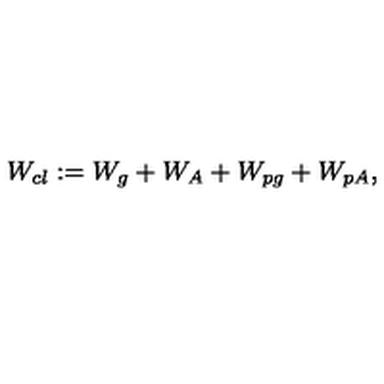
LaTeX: W _ { c l } : = W _ { g } + W _ { A } + W _ { p g } + W _ { p A } ,